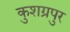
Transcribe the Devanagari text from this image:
कुशग्रपुर